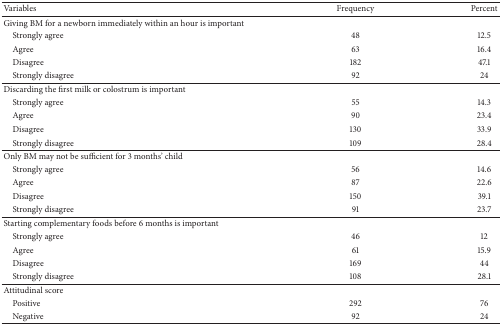
<table><thead><tr><td><b>Variables</b></td><td><b>Frequency</b></td><td><b>Percent</b></td></tr></thead><tbody><tr><td>Giving BM for a newborn immediately within an hour is important</td><td> </td><td> </td></tr><tr><td> Strongly agree</td><td>48</td><td>12.5</td></tr><tr><td> Agree</td><td>63</td><td>16.4</td></tr><tr><td> Disagree</td><td>182</td><td>47.1</td></tr><tr><td> Strongly disagree</td><td>92</td><td>24</td></tr><tr><td>Discarding the first milk or colostrum is important</td><td> </td><td> </td></tr><tr><td> Strongly agree</td><td>55</td><td>14.3</td></tr><tr><td> Agree</td><td>90</td><td>23.4</td></tr><tr><td> Disagree</td><td>130</td><td>33.9</td></tr><tr><td> Strongly disagree</td><td>109</td><td>28.4</td></tr><tr><td>Only BM may not be sufficient for 3 months&#x27; child</td><td> </td><td> </td></tr><tr><td> Strongly agree</td><td>56</td><td>14.6</td></tr><tr><td> Agree</td><td>87</td><td>22.6</td></tr><tr><td> Disagree</td><td>150</td><td>39.1</td></tr><tr><td> Strongly disagree</td><td>91</td><td>23.7</td></tr><tr><td>Starting complementary foods before 6 months is important</td><td> </td><td> </td></tr><tr><td> Strongly agree</td><td>46</td><td>12</td></tr><tr><td> Agree</td><td>61</td><td>15.9</td></tr><tr><td> Disagree</td><td>169</td><td>44</td></tr><tr><td> Strongly disagree</td><td>108</td><td>28.1</td></tr><tr><td>Attitudinal score</td><td> </td><td> </td></tr><tr><td> Positive</td><td>292</td><td>76</td></tr><tr><td> Negative</td><td>92</td><td>24</td></tr></tbody></table>